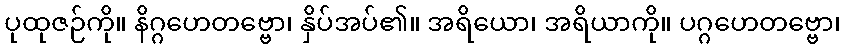
ပုထုဇဉ်ကို။ နိဂ္ဂဟေတဗ္ဗော၊ နှိပ်အပ်၏။ အရိယော၊ အရိယာကို။ ပဂ္ဂဟေတဗ္ဗော၊